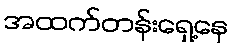
အထက်တန်းရှေ့နေ